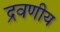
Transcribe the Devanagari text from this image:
द्रवणीय